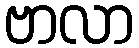
ဗာလာ